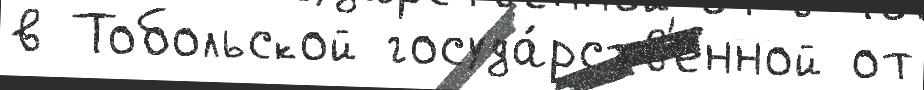
в Тобольской госуда́рств'енной от